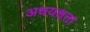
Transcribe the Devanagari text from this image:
अधयक्षता